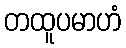
တထူပမာဟံ